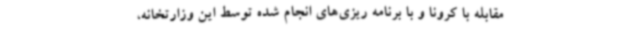
مقابله با کرونا و با برنامه ریزی‌های انجام شده توسط این وزارتخانه،